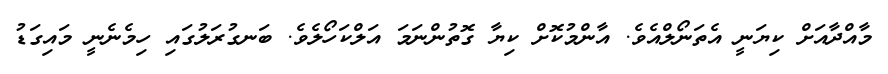
މާއްދާއަށް ކިޔަނީ އެތަނޯލްއެވެ. އާންމުކޮށް ކިޔާ ގޮތުންނަމަ އަލްކަހޯލެވެ. ބަނގުރަލުގައި ހިމެނެނީ މައިގަޑު